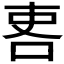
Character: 𠲀